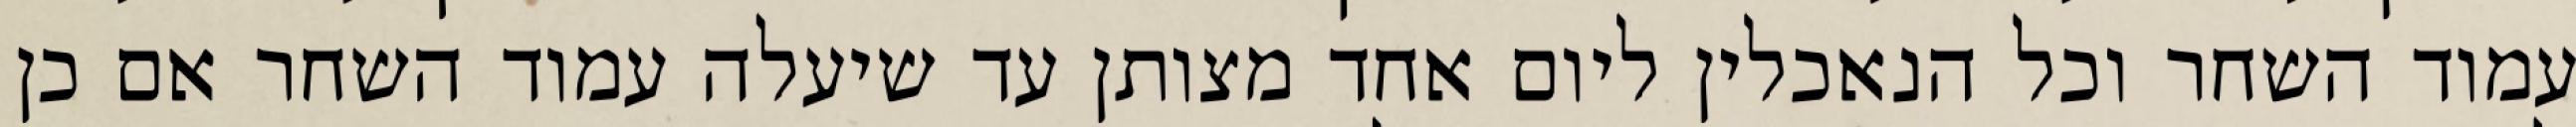
עמוד השחר וכל הנאכלין ליום אחד מצותן עד שיעלה עמוד השחר אם כן